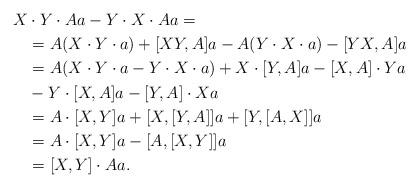
LaTeX: \begin{align*}X &\cdot Y \cdot Aa - Y \cdot X \cdot Aa=\\&=A (X \cdot Y \cdot a) + [XY,A]a - A (Y \cdot X \cdot a) - [YX,A]a\\&=A (X \cdot Y \cdot a - Y \cdot X \cdot a) + X \cdot [Y,A]a - [X,A]\cdot Ya\\ & - Y \cdot [X,A]a - [Y,A] \cdot Xa\\&=A \cdot [X,Y] a + [X , [Y,A]]a + [Y,[A,X]]a\\&= A \cdot [X,Y] a - [A , [X,Y]]a\\&=[X,Y] \cdot Aa.\end{align*}